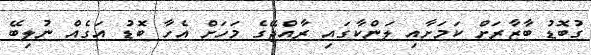
ގުބޮޑު ބާޒާރަށް ކަމަށާއި ލަންކާގައި ރާއްޖޭގެ މަހަށް އެހާ ބޮޑު އަގެއް ނުލިބޭ